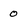
Character: 0